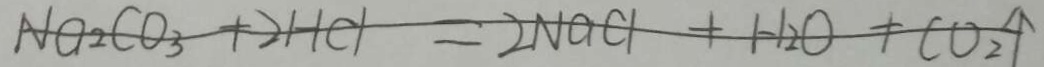
N a _ { 2 } C O _ { 3 } + 2 H C l = 2 N a C l + H _ { 2 } O + C O _ { 2 } \uparrow